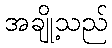
အချို့သည်